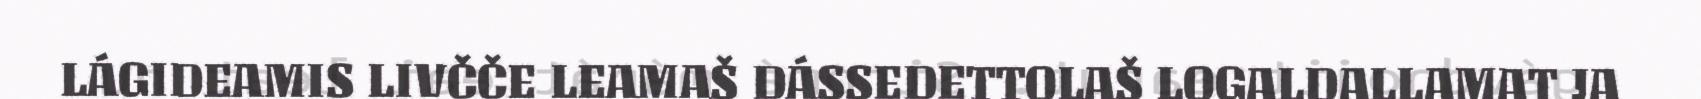
LÁGIDEAMIS LIVČČE LEAMAŠ DÁSSEDETTOLAŠ LOGALDALLAMAT JA